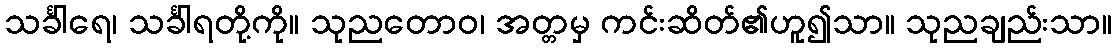
သင်္ခါရေ၊ သင်္ခါရတို့ကို။ သုညတောဝ၊ အတ္တမှ ကင်းဆိတ်၏ဟူ၍သာ။ သုညချည်းသာ။